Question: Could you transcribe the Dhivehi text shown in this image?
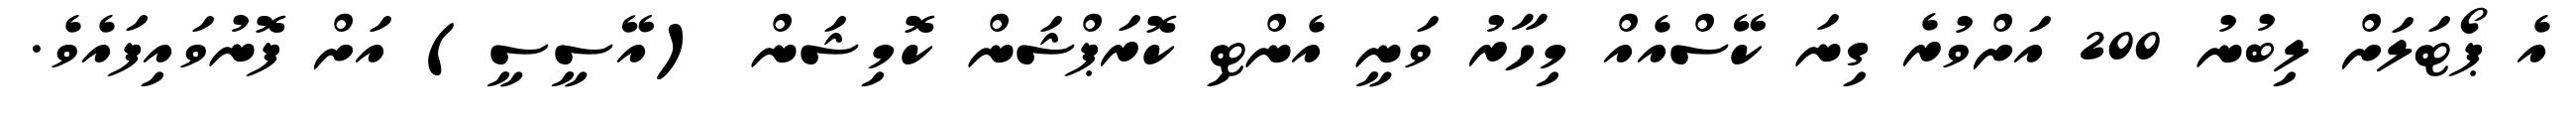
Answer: އެ ޕޯޓަލަށް ލިބުނު 200 އަށްވުރެ ގިނަ ކޭސްއެއް މިހާރު ވަނީ އެންޓި ކޮރަޕްޝަން ކޮމިޝަން (އޭސީސީ) އަށް ފޮނުވައިފައެވެ.